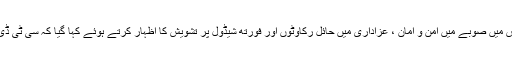
علامہ سید سبطین حیدرسبزواری کی زیر صدارت اجلاس میں صوبے میں امن و امان ، عزاداری میں حائل رکاوٹوں اور فورتھ شیڈول پر تشویش کا اظہار کرتے ہوئے کہا گیا کہ سی ٹی ڈی کو ذاتی مقاصد کے لئے استعمال کرنا قابل مذمت ہے۔